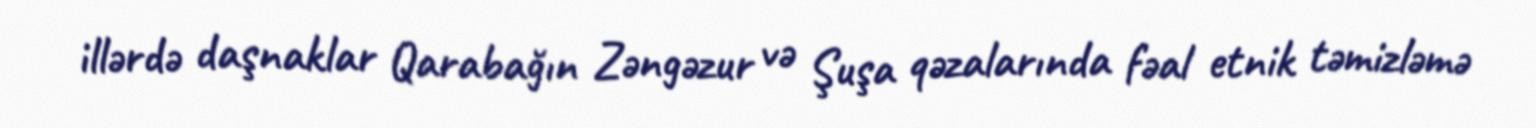
illərdə daşnaklar Qarabağın Zəngəzur və Şuşa qəzalarında fəal etnik təmizləmə